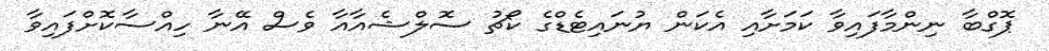
ޕޮގްބާ ނިންމާފައިވާ ކަމަށާއި އެކަން ޔުނައިޓެޑްގެ ކޯޗު ސޮލްޝެއާއާ ވެސް އޭނާ ހިއްސާކޮށްފައިވާ